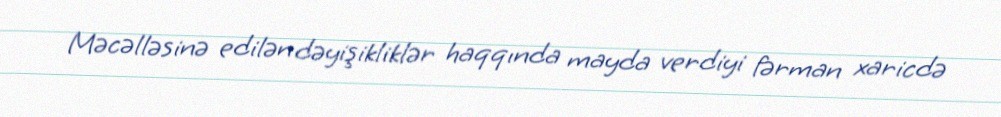
Məcəlləsinə edilən dəyişikliklər haqqında mayda verdiyi fərman xaricdə